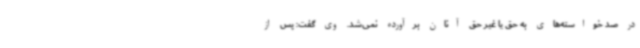
در صد خواسته‌های به حق یا غیر حق آنان برآورده نمی‌شد. وی گفت: پس از